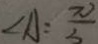
\angle A = \frac { \pi } { 3 }